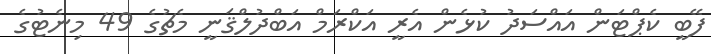
ފޭބީ ކެޕްޓަން އައްސަދު ކުޅެން އެރީ އަކްރަމް އަބްދުލްޤަނީ މެޗުގެ 49 މިނެޓުގެ